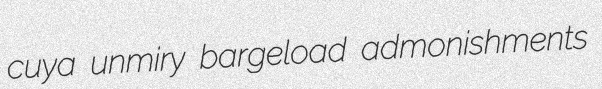
cuya unmiry bargeload admonishments